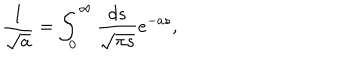
LaTeX: \frac { 1 } { \sqrt { a } } = \int _ { 0 } ^ { \infty } \frac { d s } { \sqrt { \pi s } } e ^ { - a s } ,